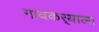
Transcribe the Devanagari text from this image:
गावकर्‍याला